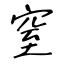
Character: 窒